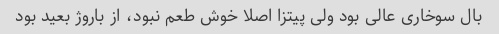
بال سوخاری عالی بود ولی پیتزا اصلا خوش طعم نبود، از باروژ بعید بود